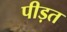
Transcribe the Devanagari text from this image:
पीड़त